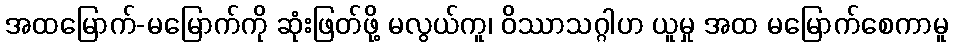
အထမြောက်-မမြောက်ကို ဆုံးဖြတ်ဖို့ မလွယ်ကူ၊ ဝိဿာသဂ္ဂါဟ ယူမှု အထ မမြောက်စေကာမူ